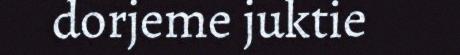
dorjeme juktie